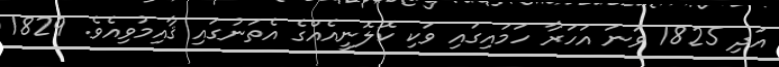
އަދި 1825 ވަނަ އަހަރާ ހަމައިގައި ވަކި ކޮލޮނީއެއްގެ އެތަނުގައި ޤާއިމުވިއެވެ. 1829